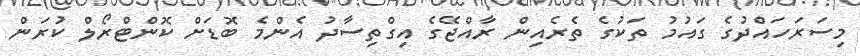
މިސަރަހައްދުގެ ގައުމު ތަކުގެ ތެރެއިން ރާއްޖޭގެ އިގްތިސާދު އެންމެ ބޮޑަށް ކޮންޓްރޯލް ކުރަން